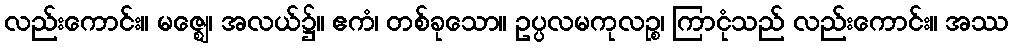
လည်းကောင်း။ မဇ္ဈေ၊ အလယ်၌။ ဧကံ၊ တစ်ခုသော။ ဥပ္ပလမကုလဉ္စ၊ ကြာငုံသည် လည်းကောင်း။ အဿ